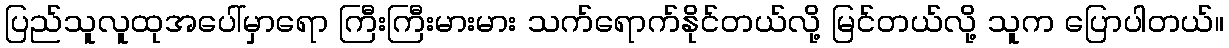
ပြည်သူလူထုအပေါ်မှာရော ကြီးကြီးမားမား သက်ရောက်နိုင်တယ်လို့ မြင်တယ်လို့ သူက ပြောပါတယ်။